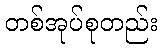
တစ်အုပ်စုတည်း